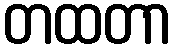
တထတာ